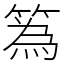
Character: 䈧